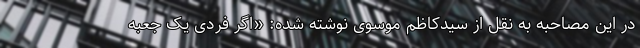
در این مصاحبه به نقل از سیدکاظم موسوی نوشته شده: «اگر فردی یک جعبه